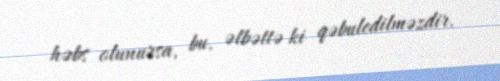
həbs olunursa, bu, əlbəttə ki qəbuledilməzdir.